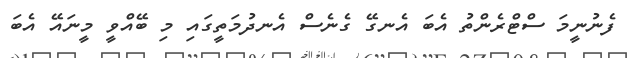
ފެނުނީމަ ސްޓްރެންތު އެބަ އެނގޭ ގެނެސް އެނދުމަތީގައި މި ބޭއްވީ މީނައޭ އެބަ